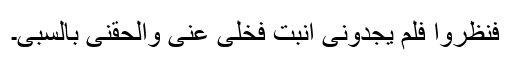
فَنَظَرُوْا فَلَمْ یَجِدُوْنِیْ أَنْبَتُّ فَخَلّٰی عَنِّیْ وَاَلْحَقَنِیْ بِالسَّبْیِ۔